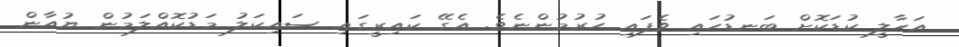
އަހާލީ ކުޑަކޮށް ބަނޑުހައި ވެފައި ހުރުމުންނެވެ. އެގޭ ކައިރީގައި ސައިކަލު މަޑުކޮއްލަމުން ޔުއާން